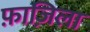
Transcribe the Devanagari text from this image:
फ़ाज़िला